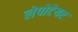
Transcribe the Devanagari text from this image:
लेपोटेयर